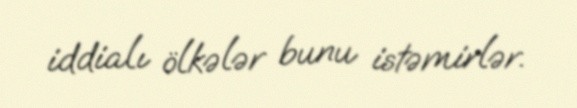
iddialı ölkələr bunu istəmirlər.